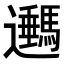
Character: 𨙔